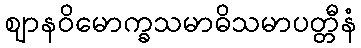
ဈာနဝိမောက္ခသမာဓိသမာပတ္တီနံ